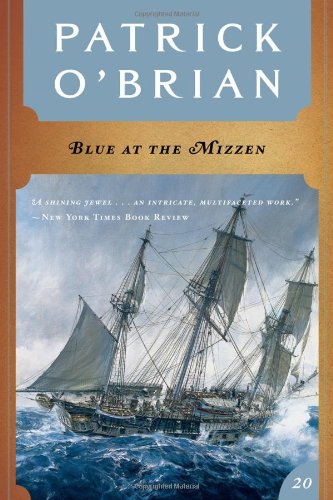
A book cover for Blue at the Mizzen (Vol. Book 20)  (Aubrey/Maturin Novels); Patrick O'Brian; Literature & Fiction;